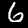
Label: 6